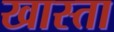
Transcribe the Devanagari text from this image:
खास्ता